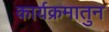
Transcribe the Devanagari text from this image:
कार्यक्रमातुन